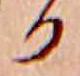
か